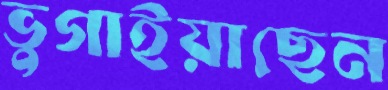
ভুগাইয়াছেন